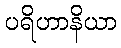
ပရိဟာနိယာ